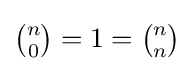
{\tbinom {n}{0}}=1={\tbinom {n}{n}}